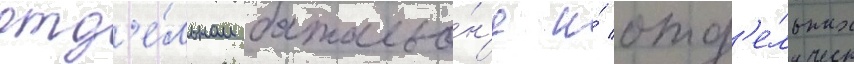
отд'е́льном батальо́н'е и́ отд'е́льных